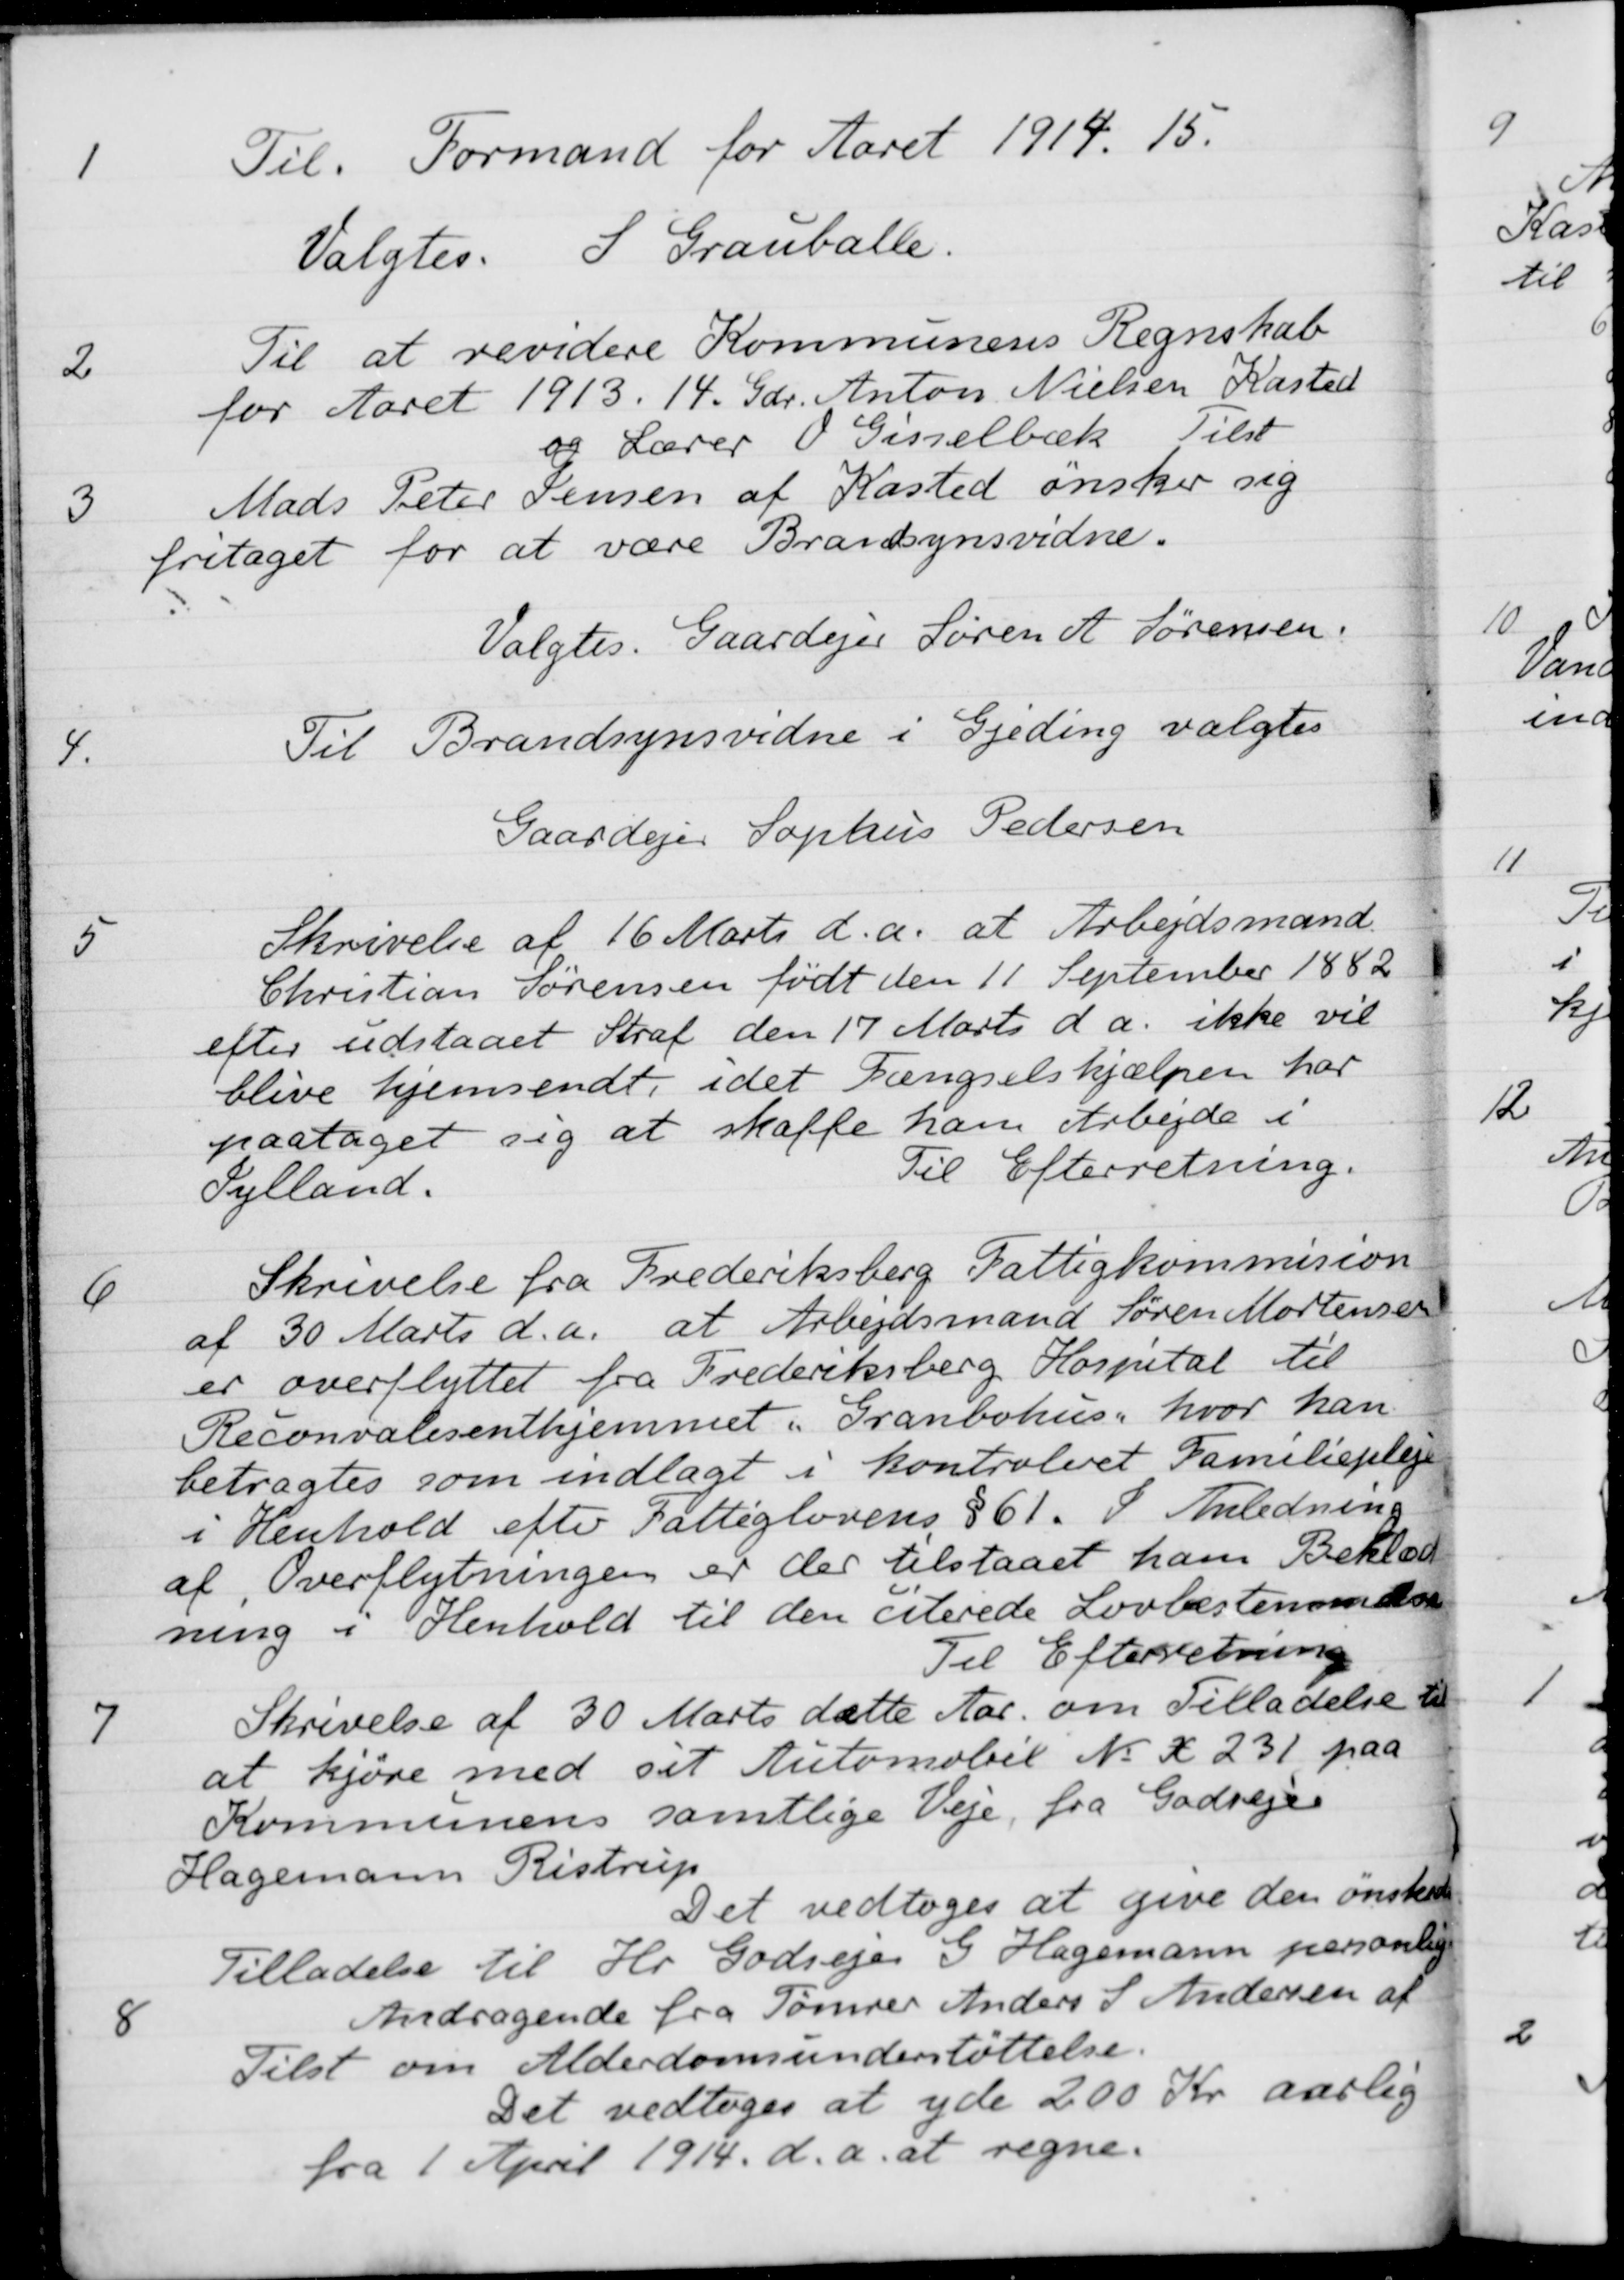
Transskription:
1
Til. Formand for Aaret 1914. 15.
Valgtes. S. Grauballe.
2
Til at revidere Kommunens Regnskab
for Aaret 1913. 14. Gdr. Anton Nielsen, Kasted
og Lærer O. Gisselbæk Tilst
3
Mads Peter Jensen af Kasted ønsker sig
fritaget for at være Brandsynsvidne.
Valgtes Gaardejer Søren A Sørensen
4.
Til Brandsynsvidne i Gjeding valgtes
Gaardejer Sophus Pedersen
5
Skrivelse af 16 Marts d.a. at Arbejdsmand
Christian Sørensen født den 11 September 1882
efter udstaaet Straf den 17 Marts d.a. ikke vil
blive hjemsendt, idet Fængselshjælpen har
paataget sig at skaffe ham Arbejde i
Jylland.
Til Efterretning
6
Skrivelse fra Frederiksberg Fattigkommision
af 30 Marts d.a. at Arbejdsmand Søren Mortensen
er overflyttet fra Frederiksberg Hospital til
Reconvalesenthjemmet "Granbohus", hvor han
betragtes som indlagt i kontroleret Familiepleje
i Henhold efter Fattiglovens § 61. I Anledning
af Overflytningen er der tilstaaet ham Beklæd-
ning i Henhold til den citerede Lovbestemmelse
Til Efterretning
7
Skrivelse af 30 Marts dette Aar, om Tilladelse til
at kjøre med sit Automobil N X 231 paa
Kommunens samtlige Veje, fra Godejer
Hagemann Ristrup
Det vedtoges at give den ønskede
Tilladelse til Hr. Godsejer G. Hagemann personlig
8
Andragende fra Tømrer Anders S. Andersen af
Tilst om Alderdomsunderstøttelse.
Det vedtoges at yde 200 Kr aarlig
fra 1 April 1914. d.a. at regne.